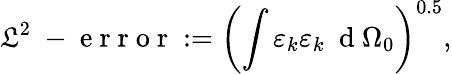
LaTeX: \mathfrak{L}^{2}\mathrm{{~-~e~r~r~o~r~}}:=\left(\int\varepsilon_{k}\varepsilon_{k}\ \mathrm{{~d~}}\Omega_{0}\right)^{0.5},